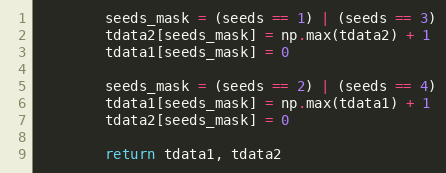
Language: Python
        seeds_mask = (seeds == 1) | (seeds == 3)
        tdata2[seeds_mask] = np.max(tdata2) + 1
        tdata1[seeds_mask] = 0

        seeds_mask = (seeds == 2) | (seeds == 4)
        tdata1[seeds_mask] = np.max(tdata1) + 1
        tdata2[seeds_mask] = 0

        return tdata1, tdata2